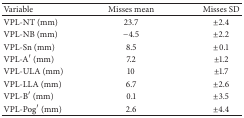
| Variable | Misses mean | Misses SD |
 | --- | --- | --- |
 | VPL-NT (mm) | 23.7 | ±2.4 |
 | VPL-NB (mm) | −4.5 | ±2.2 |
 | VPL-Sn (mm) | 8.5 | ±0.1 |
 | VPL-A′ (mm) | 7.2 | ±1.2 |
 | VPL-ULA (mm) | 10 | ±1.7 |
 | VPL-LLA (mm) | 6.7 | ±2.6 |
 | VPL-B′ (mm) | 0.1 | ±3.5 |
 | VPL-Pog′ (mm) | 2.6 | ±4.4 |